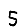
Digit: 5